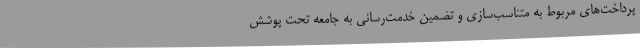
پرداخت‌های مربوط به متناسب‌سازی و تضمین خدمت‌رسانی به جامعه تحت پوشش